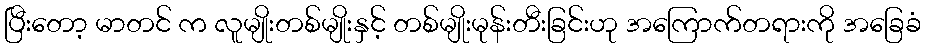
ပြီးတော့ မာတင် က လူမျိုးတစ်မျိုးနှင့် တစ်မျိုးမုန်းတီးခြင်းဟု အကြောက်တရားကို အခြေခံ